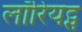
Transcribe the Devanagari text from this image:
लॉरियट्स